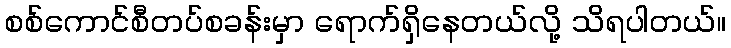
စစ်ကောင်စီတပ်စခန်းမှာ ရောက်ရှိနေတယ်လို့ သိရပါတယ်။